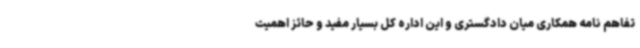
تفاهم نامه همکاری میان دادگستری و این اداره کل بسیار مفید و حائز اهمیت